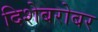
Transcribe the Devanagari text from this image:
दिशेबरोबर